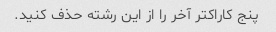
پنج کاراکتر آخر را از این رشته حذف کنید.